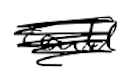
Text: could
Cross-out: scratch
Writing tool: digital_black